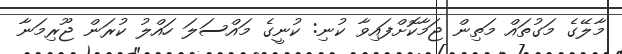
މާލޭގެ މަގުތައް މަތިން ޖަމާކޮށްފައިވާ ކުނި: ކުނީގެ މައްސަލަ ހައްލު ކުރަން ޖޫރިމަނާ